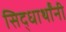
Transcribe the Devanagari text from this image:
सिद्धार्थांनी